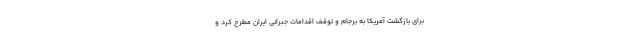
برای بازگشت آمریکا به برجام و توقف اقدامات جبرانی ایران مطرح کرد و